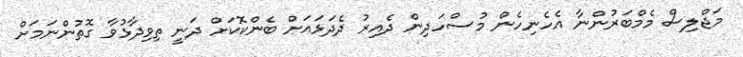
މަޖްލިސް މެމްބަރުންނާ އެހެނިހެން މުސްހަދިން ދެއިރު ދެދަޅައަށް ބެންކޮކަށް ދަނީ ތިވިދާޅުވާ ގޮތުންނަމަށް